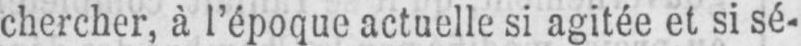
chercher, à l’époque actuelle si agitée et si sé-